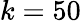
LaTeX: k=50